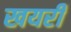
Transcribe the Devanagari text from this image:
खयरी